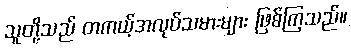
သူတို့သည် တကယ့်အလုပ်သမားများ ဖြစ်ကြသည်။